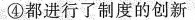
④都进行了制度的创新